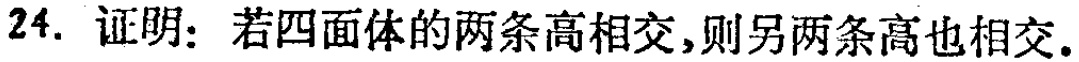
24. 证明：若四面体的两条高相交，则另两条高也相交.